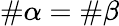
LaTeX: \# \alpha=\# \beta